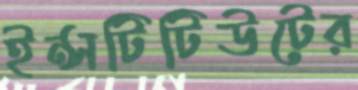
ইন্সটিটিউটের